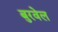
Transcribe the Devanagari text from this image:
बुरवेल